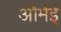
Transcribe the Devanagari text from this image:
और्मई